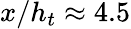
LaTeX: x/h_{t}\approx 4.5